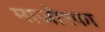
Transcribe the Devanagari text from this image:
माजोरका